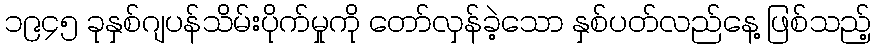
၁၉၄၅ ခုနှစ်ဂျပန်သိမ်းပိုက်မှုကို တော်လှန်ခဲ့သော နှစ်ပတ်လည်နေ့ ဖြစ်သည့်